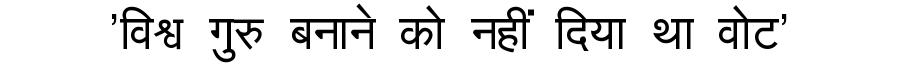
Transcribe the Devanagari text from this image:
'विश्व गुरु बनाने को नहीं दिया था वोट'